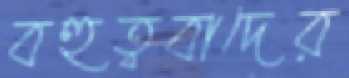
বহুত্ববাদের